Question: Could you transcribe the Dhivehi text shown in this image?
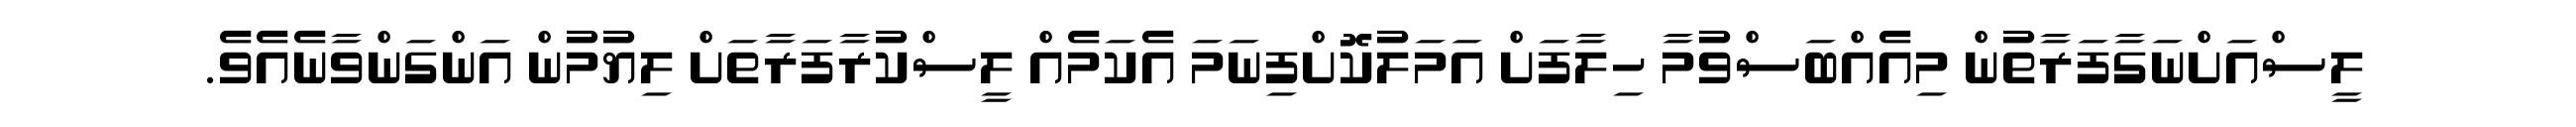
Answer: ލީސްއަށްނަގާފަރާތުން މިއެއްބަސްވުމާ ހިލާފަށް އަމަލުކޮށްފިނަމަ އެކަމެއް ލީސްކުރާފަރާތަށް ލިޔުމުން އަންގަންވާނެއެވެ.